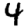
Digit: 4